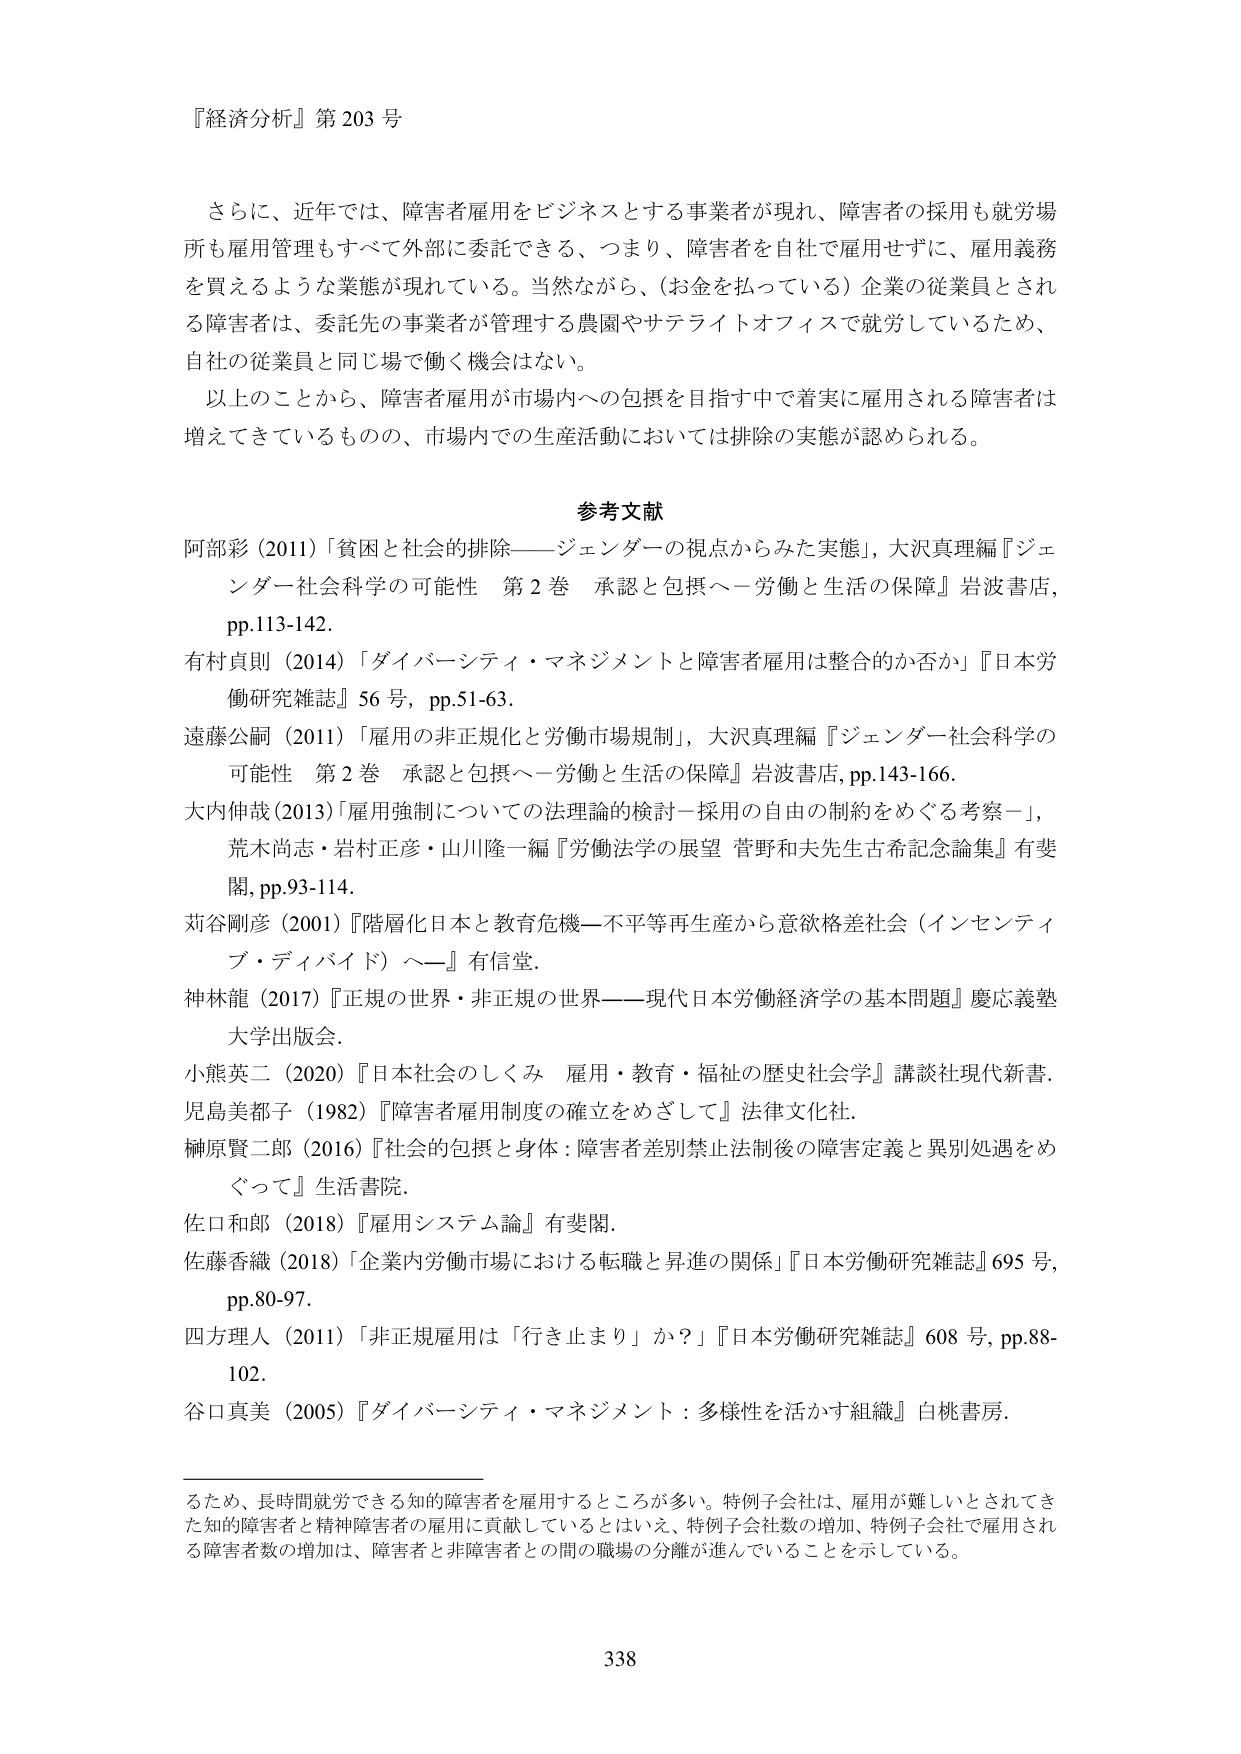
『経済分析』第203号

さらに、近年では、障害者雇用をビジネスとする事業者が現れ、障害者の採用も就労場所も雇用管理もすべて外部に委託できる、つまり、障害者を自社で雇用せずに、雇用義務を買えるような業態が現れている。当然ながら、（お金を払っている）企業の従業員とされる障害者は、委託先の事業者が管理する農園やサテライトオフィスで就労しているため、自社の従業員と同じ場で働く機会はない。
以上のことから、障害者雇用が市場内への包摂を目指す中で着実に雇用される障害者は増えてきているものの、市場内での生産活動においては排除の実態が認められる。

参考文献
阿部彩（2011）「貧困と社会的排除――ジェンダーの視点からみた実態」，大沢真理編『ジェンダー社会科学の可能性 第2巻 承認と包摂へ－労働と生活の保障』岩波書店，pp.113-142.
有村貞則（2014）「ダイバーシティ・マネジメントと障害者雇用は整合的か否か」『日本労働研究雑誌』56号，pp.51-63.
遠藤公嗣（2011）「雇用の非正規化と労働市場規制」，大沢真理編『ジェンダー社会科学の可能性 第2巻 承認と包摂へ－労働と生活の保障』岩波書店，pp.143-166.
大内伸哉（2013）「雇用強制についての法理論的検討－採用の自由の制約をめぐる考察－」，荒木尚志・岩村正彦・山川隆一編『労働法学の展望 菅野和夫先生古希記念論集』有斐閣，pp.93-114.
苅谷剛彦（2001）『階層化日本と教育危機－不平等再生産から意欲格差社会（インセンティブ・ディバイド）へ－』有信堂.
神林龍（2017）『正規の世界・非正規の世界――現代日本労働経済学の基本問題』慶応義塾大学出版会.
小熊英二（2020）『日本社会のしくみ 雇用・教育・福祉の歴史社会学』講談社現代新書.
児島美都子（1982）『障害者雇用制度の確立をめざして』法律文化社.
榊原賢二郎（2016）『社会的包摂と身体：障害者差別禁止法制後の障害定義と異別処遇をめぐって』生活書院.
佐口和郎（2018）『雇用システム論』有斐閣.
佐藤香織（2018）「企業内労働市場における転職と昇進の関係」『日本労働研究雑誌』695号，pp.80-97.
四方理人（2011）「非正規雇用は「行き止まり」か？」『日本労働研究雑誌』608号，pp.88-102.
谷口真美（2005）『ダイバーシティ・マネジメント：多様性を活かす組織』白桃書房.

たため、長時間就労できる知的障害者を雇用するところが多い。特例子会社は、雇用が難しいとされてきた知的障害者と精神障害者の雇用に貢献しているとはいえ、特例子会社数の増加、特例子会社で雇用される障害者数の増加は、障害者と非障害者との間の職場の分離が進んでいることを示している。

338